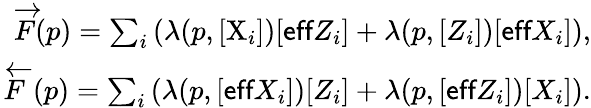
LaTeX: \begin{array}{r}{\overrightarrow{F}(p)=\sum_{i}\left(\lambda(p,[\mathrm{X}_{i}])[\textsf{eff}Z_{i}]+\lambda(p,[Z_{i}])[\textsf{eff}X_{i}]\right),}\\ {\overleftarrow{F}(p)=\sum_{i}\left(\lambda(p,[\textsf{eff}X_{i}])[Z_{i}]+\lambda(p,[\textsf{eff}Z_{i}])[X_{i}]\right).}\end{array}